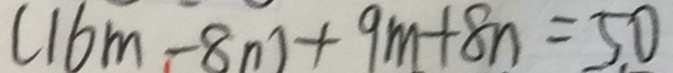
( 1 6 m - 8 n ) + 9 m + 8 n = 5 0